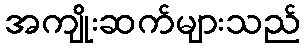
အကျိုးဆက်များသည်